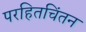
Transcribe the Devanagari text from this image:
परहितचिंतन